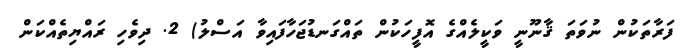
ފަރާތަކުން ނުވަތަ ޤާނޫނީ ވަކީލެއްގެ އޮފީހަކުން ތައްގަނޑުޖަހާފައިވާ އަސްލު) 2. ދިވެހި ރައްޔިތެއްކަން